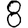
Digit: 8